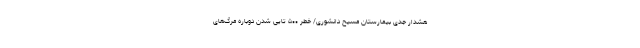
هشدار جدی بیمارستان مسیح دانشوری/ خطر ۵۰۰ تایی شدن دوباره مرگ‌های